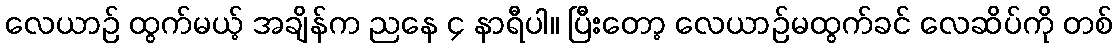
လေယာဉ် ထွက်မယ့် အချိန်က ညနေ ၄ နာရီပါ။ ပြီးတော့ လေယာဉ်မထွက်ခင် လေဆိပ်ကို တစ်